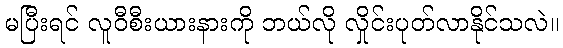
မပြီးရင် လူဝီစီးယားနားကို ဘယ်လို လှိုင်းပုတ်လာနိုင်သလဲ။